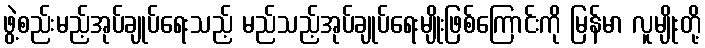
ဖွဲ့စည်းမည့်အုပ်ချုပ်ရေးသည့် မည်သည့်အုပ်ချုပ်ရေးမျိုးဖြစ်ကြောင်းကို မြန်မာ လူမျိုးတို့